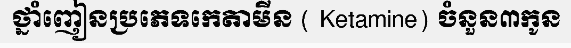
ថ្នាំញៀនប្រភេទកេតាមីន ( Ketamine) ចំនួន៣កូន